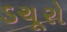
ડચૂરો